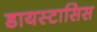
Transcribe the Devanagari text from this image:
डायस्टासिस